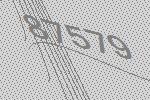
87579